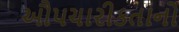
ઔપચારીકતાનો